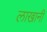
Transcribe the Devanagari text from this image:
लाखानी